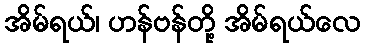
အိမ်ရယ်၊ ဟန်ဗန်တို့ အိမ်ရယ်လေ